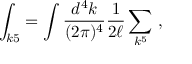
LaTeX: \int _ { k 5 } = \int { \frac { d ^ { 4 } k } { ( 2 \pi ) ^ { 4 } } } { \frac { 1 } { 2 \ell } } \sum _ { k ^ { 5 } } \ ,